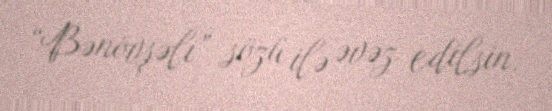
“Bənövşəli” sözü ilə əvəz edilsin.